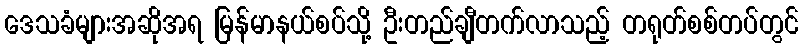
ဒေသခံများအဆိုအရ မြန်မာနယ်စပ်သို့ ဦးတည်ချီတက်လာသည့် တရုတ်စစ်တပ်တွင်